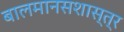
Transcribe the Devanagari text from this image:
बालमानसशास्त्र